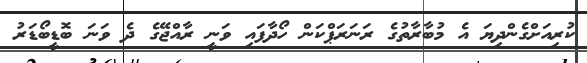
ކުރިއަށްގެންދިޔަ އެ މުބާރާތުގެ ރަނަރަޕްކަން ހޯދާފައި ވަނީ ރާއްޖޭގެ ދެ ވަނަ ބޮޑީބޯޑަރު